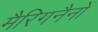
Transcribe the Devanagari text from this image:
मैरिगनैनों